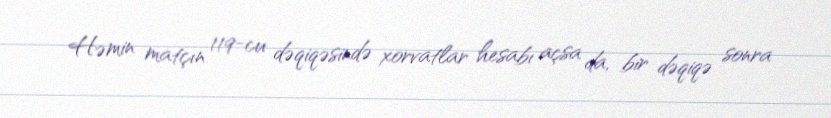
Həmin matçın 119-cu dəqiqəsində xorvatlar hesabı açsa da, bir dəqiqə sonra